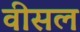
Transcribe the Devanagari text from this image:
वीसल